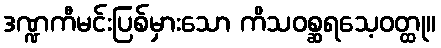
ဒဏ္ဍကီမင်းပြစ်မှားသော ကိသဝစ္ဆရသေ့ဝတ္ထု။